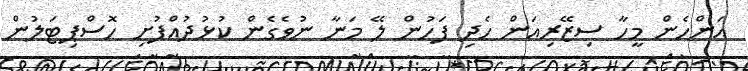
އަންހެން މީހާ ސިޒޭރިއަން ހެދި ފަހުން ލޭ މަނާ ނުވެގެން ކުޅުދުއްފުށި ހޮސްޕިޓަލުން